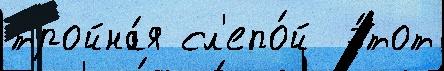
тройна́я сл'епо́й  э́тот